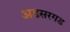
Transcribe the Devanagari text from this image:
अडसरगड